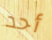
أحد